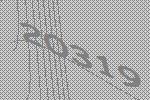
20319